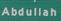
abdullah